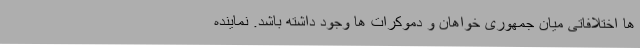
ها اختلافاتی میان جمهوری خواهان و دموکرات ها وجود داشته باشد. نماینده